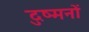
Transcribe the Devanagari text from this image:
दुष्मनों